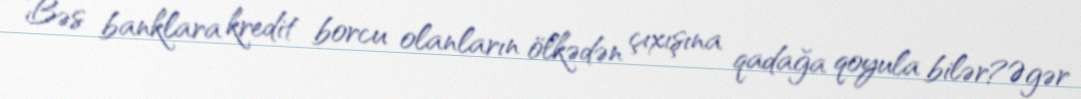
Bəs banklara kredit borcu olanların ölkədən çıxışına qadağa qoyula bilər?Əgər